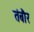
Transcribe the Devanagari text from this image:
तंबौर